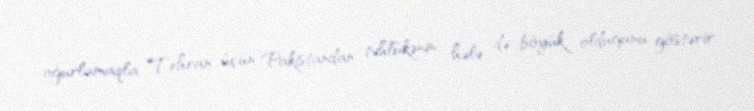
oğurlamaqla Tehran üçün Pakistandan təhlükənin hələ də böyük olduğunu göstərir.